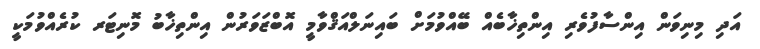
އަދި މިނިވަން އިންސާފުވެރި އިންތިޚާބެއް ބޭއްވުމަށް ބައިނަލްއަޤްވާމީ އޮބްޒަވަރުން އިންތިޚާބު މޮނިޓަރ ކުރެއްވުމަކީ